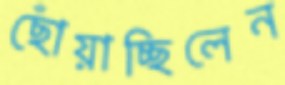
ছোঁয়াচ্ছিলেন